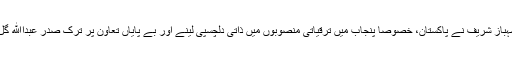
وزیراعلیٰ محمد شہباز شریف نے پاکستان، خصوصاً پنجاب میں ترقیاتی منصوبوں میں ذاتی دلچسپی لینے اور بے پایاں تعاون پر ترک صدر عبداﷲ گل کا شکریہ ادا کیا۔